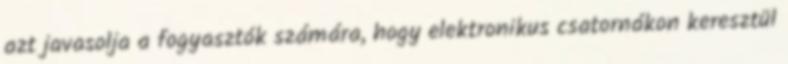
azt javasolja a fogyasztók számára, hogy elektronikus csatornákon keresztül